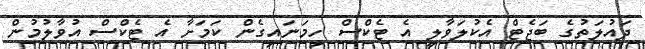
ދައުލަތުގެ ބަޖެޓް އެކުލަވާލީ އެ ޓެކްސް ހިމަނައިގެން ކަމަށާ އެ ޓެކްސް އުވާލުމުން